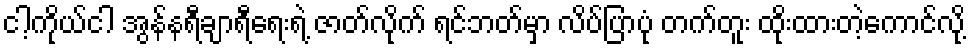
ငါ့ကိုယ်ငါ အွန်နရီချာရီရေးရဲ့ ဇာတ်လိုက် ရင်ဘတ်မှာ လိပ်ပြာပုံ တက်တူး ထိုးထားတဲ့ကောင်လို့